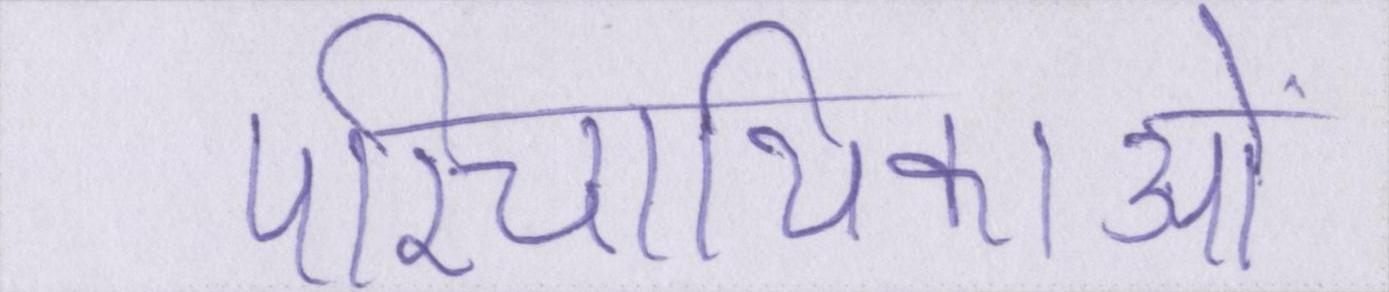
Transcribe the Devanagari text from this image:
परिचायिकाओं